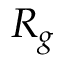
R _ { g }